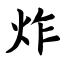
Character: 炸